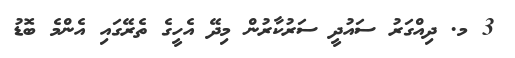
3 މ. ދިއްގަރު ސައުދީ ސަރުކާރުން މިދޭ އެހީގެ ތެރޭގައި އެންމެ ބޮޑު